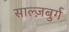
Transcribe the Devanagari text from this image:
साल्ज़बुर्ग